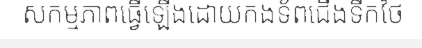
សកម្មភាពធ្វើឡើងដោយកងទ័ពជើងទឹកថៃ